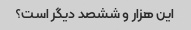
این هزار و ششصد دیگر است؟